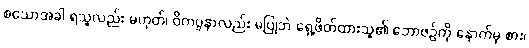
စသောအခါ ရသူလည်း မဟုတ်၊ ဝိကပ္ပနာလည်း မပြုဘဲ ရှေ့ဖိတ်ထားသူ၏ ဘောဇဉ်ကို နောက်မှ စား၊